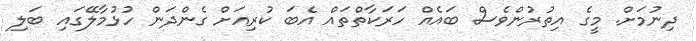
ދިނުމަށް. މީގެ އިތުރުންވެސް ބައެއް ހަރަކާތްތައް އެބަ ކުރިއަށް ގެންދަން ހުޅުމާލޭގައި ބަލި